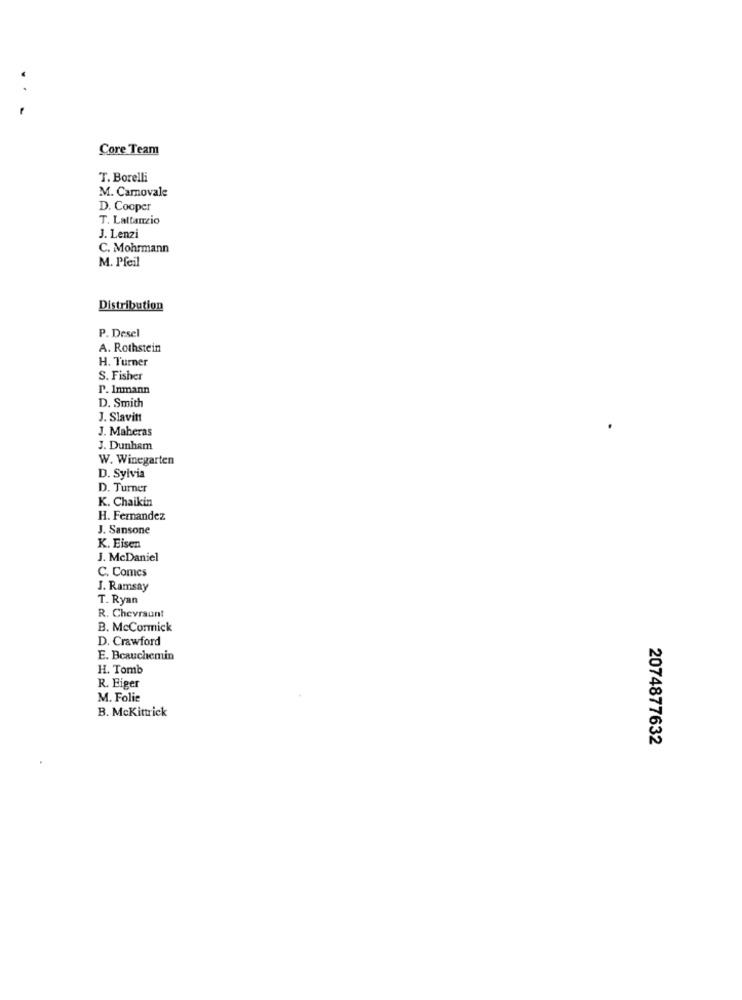
Core Team
T. Borelli
M. Camovale
D. Cooper
T. Lattanzio
J. Lenzi
C. Mohrmann
M. Pfeil
Distribution
P. Desel
A. Rothstein
H. Turner
S. Fisher
P. Inmann
D. Smith
J. Slavitt
J. Maheras
J. Dunham
W. Winegarten
D. Sylvia
D. Turner
K. Chaikin
H. Fernandez
J. Sansone
K. Eisen
J. McDaniel
C. Comcs
J. Ramsay
T. Ryan
R. Chevraunt
B. McCormick
D. Crawford
E. Beauchemin
H. Tomb
R. Eiger
M. Folie
B. McKittrick
2074877632